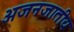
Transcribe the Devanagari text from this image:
अजनजातीय